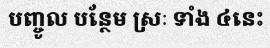
បញ្ចូល បន្ថែម ស្រៈ ទាំង ៤នេះ